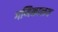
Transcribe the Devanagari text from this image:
गणिकालय